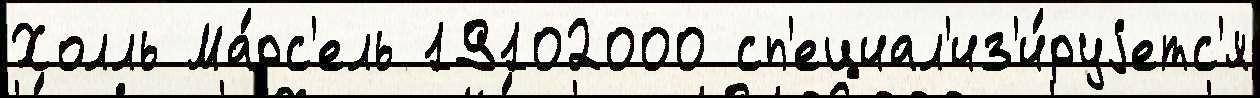
Холль Ма́рс'ель 19102000 сп'ециал'из'и́руjетс'я